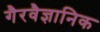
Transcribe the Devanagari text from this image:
गैरवैज्ञानिक